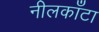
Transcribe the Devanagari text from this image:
नीलकाँटा